Indian journal of veterinary science and animal husbandry - Volume 12,
Year: 1942
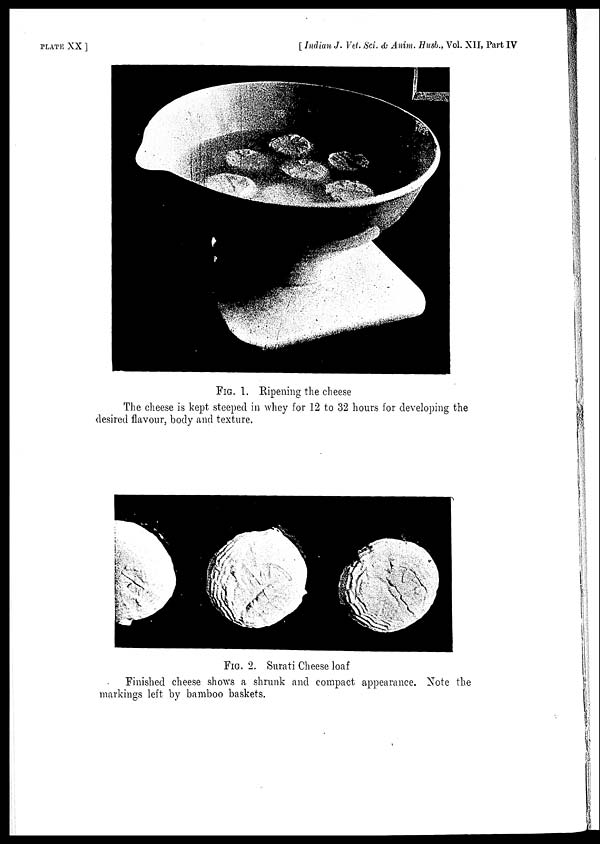
PLATE XX ]
[ Indian J. Vet. Sci. & Anim. Husb., Vol. XII, Part IV
FIG. 1. Ripening the cheese
The cheese is kept steeped in whey for 12 to 32 hours for developing the
desired flavour, body and texture.
FIG. 2. Surati Cheese loaf
Finished cheese shows a shrunk and compact appearance. Note the
markings left by bamboo baskets.